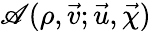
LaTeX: \mathscr{A}(\rho,\vec{v};\vec{u},\vec{\chi})